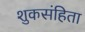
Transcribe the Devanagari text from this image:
शुकसंहिता